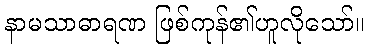
နာမသာဓာရဏ ဖြစ်ကုန်၏ဟူလိုသော်။